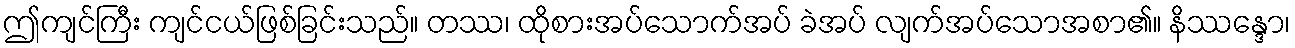
ဤကျင်ကြီး ကျင်ငယ်ဖြစ်ခြင်းသည်။ တဿ၊ ထိုစားအပ်သောက်အပ် ခဲအပ် လျက်အပ်သောအစာ၏။ နိဿန္ဒော၊